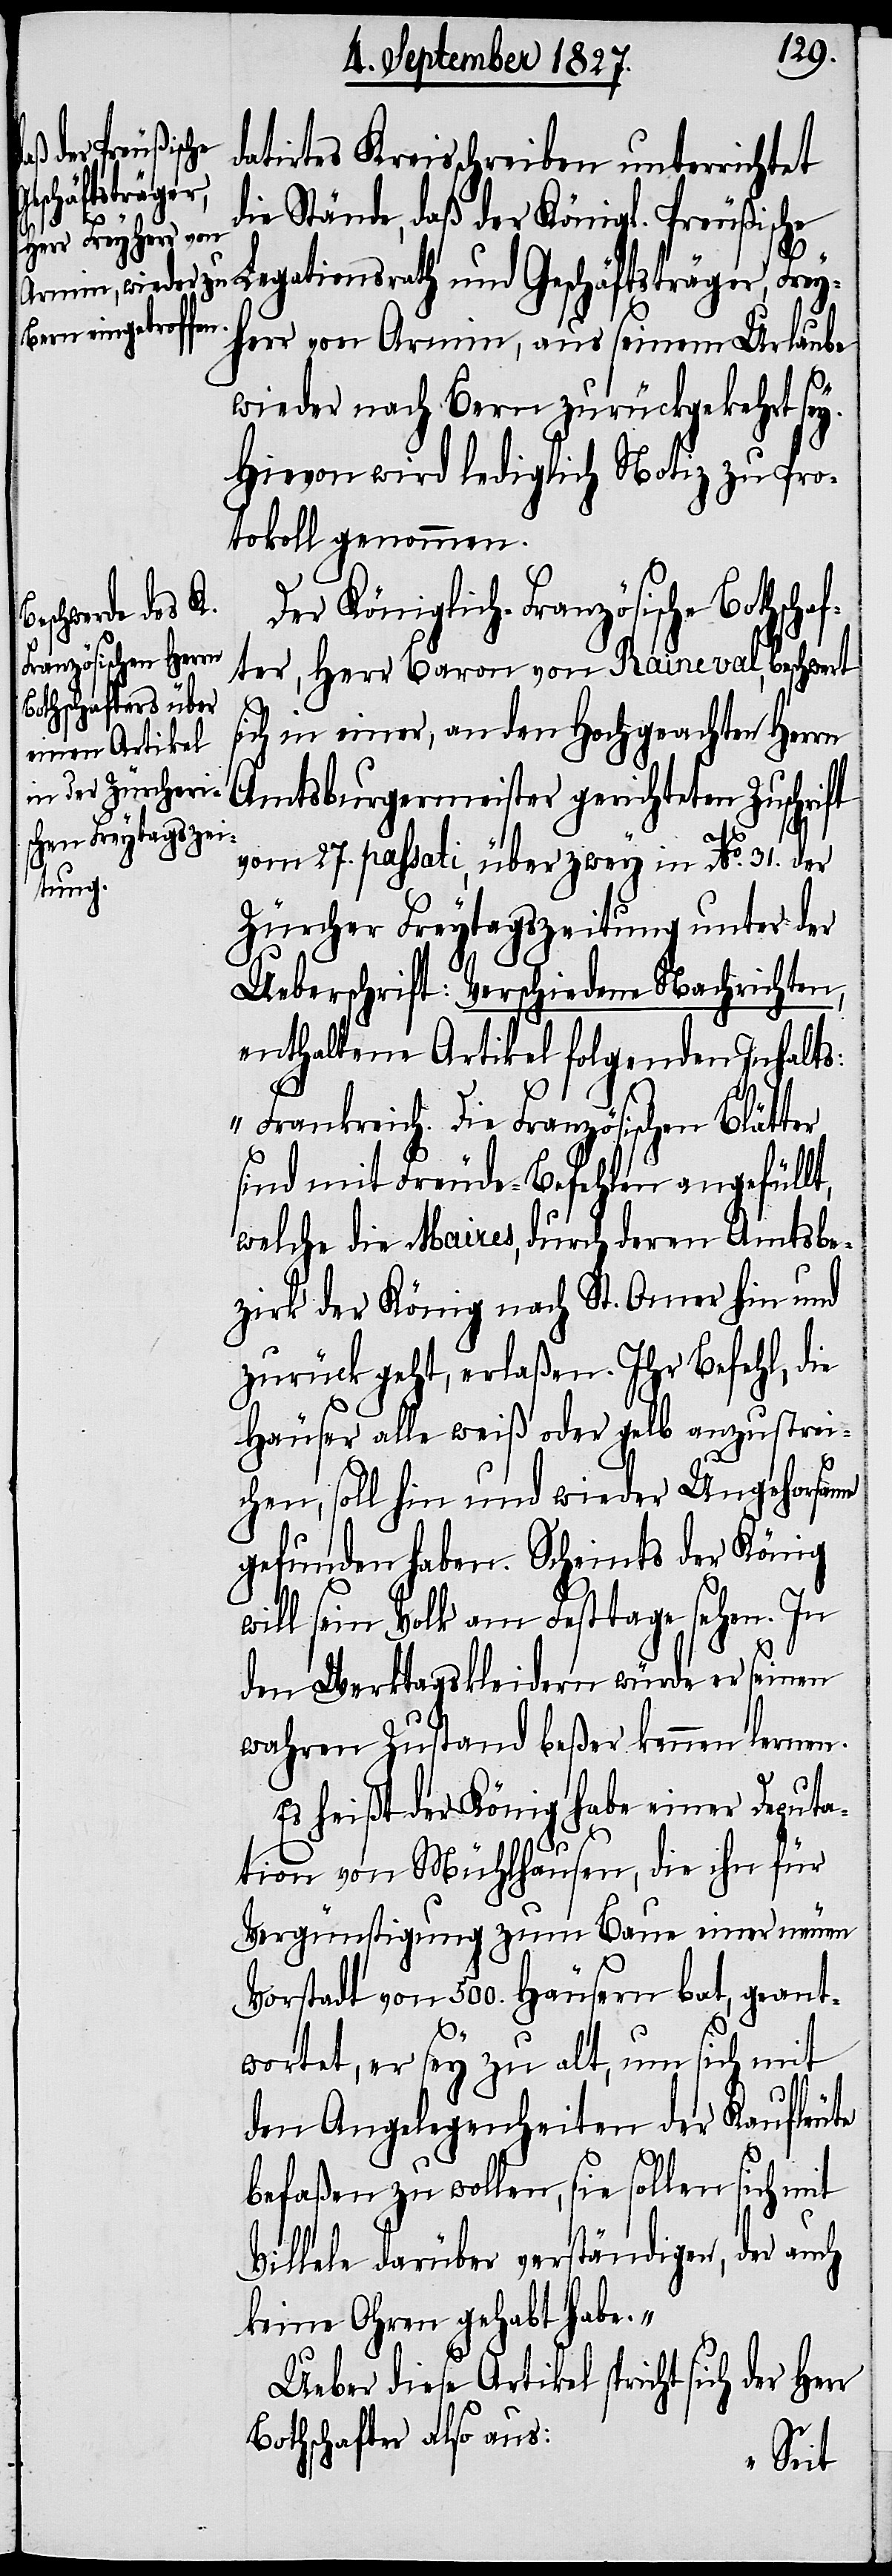
Legationsrath
datirtes Kreisschreiben unterrichtet
schäftsträg¬
die Stände, daß der Königl. Preußische
herr von Armin, aus seinem Urlaube
wieder nach Bern zurückgekehrt sey.
Hievon wird lediglich Notiz zu Pro¬
tokoll genommen.
Der Königlich-Französische Bothsc¬
fter, Herr Baron von Raineval, beschwert
in einer, an den Hochgeachten Herrn
ha¬
Amtsburgermeister gerichteten Zuschrift
vom 27. passati, über zwey in No. 31. der
Zürcher Freytagszeitung unter der
Ueberschrift: Verschiedene Nachrichten,
enthaltene Artikel folgenden Inhalts:
„Frankreich: Die Französischen Blätter
sind mit Freude-Befehlen angefüllt,
welche die Maires, durch deren Amtsbe¬
zirk der König nach St. Omer hin und
zurück geht, erlaßen. Ihr Befehl, die
Häuser alle weiß oder gelb anzustrei¬
chen, soll hin und wieder Ungehorsame
gefunden haben. Scheints der König
will sein Volk am Festtage sehen. In
den Werktagskleidern würde er seinen
wahren Zustand beßer kennen lernen.
Es heißt der König habe einer Deputa¬
tion von Mühlhausen, die ihn für
Vergünstigung zum Baue einer neuen
Vorstadt von 500. Häusern bat, geant¬
wortet, er sey zu alt, um sich mit
den Angelegenheiten der Kaufleute
befaßen zu wollen, sie sollen sich mit
Villele darüber verständigen, der auch
keine Ohren gehabt habe.“
Ueber diese Artikel spricht sich der
Bothschafter also aus: